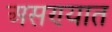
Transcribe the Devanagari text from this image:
असण्यात